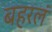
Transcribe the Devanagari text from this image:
बहरलं